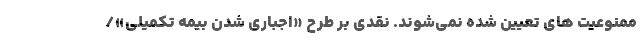
ممنوعیت های تعیین شده نمی‌شوند. نقدی بر طرحِ «اجباری شدن بیمه تکمیلی»/